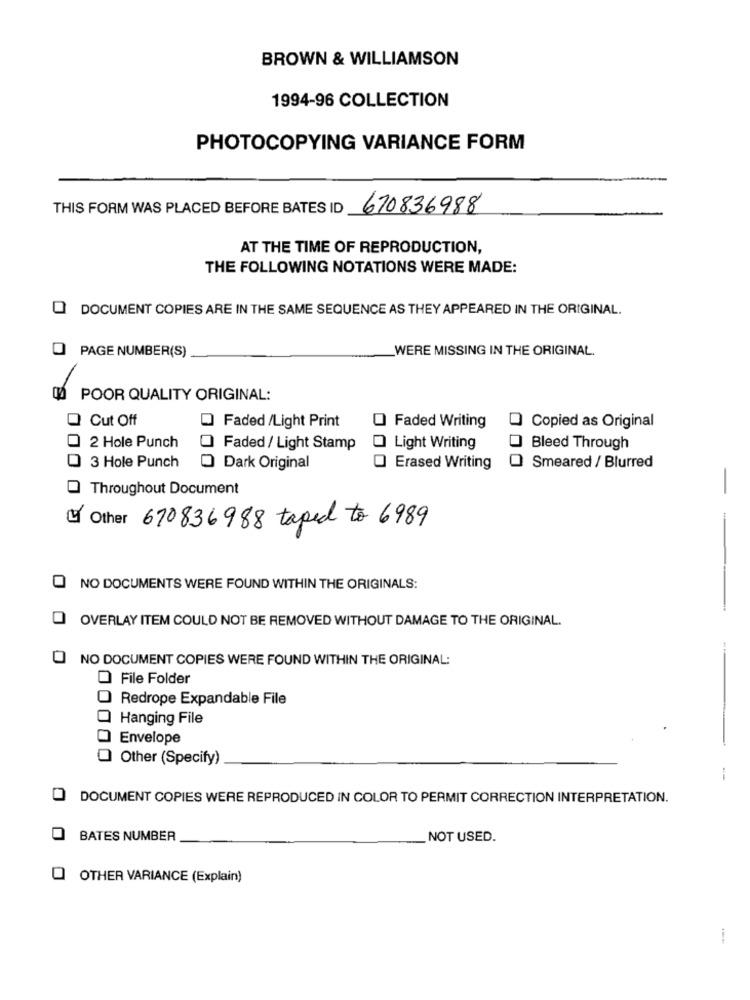
BROWN & WILLIAMSON
1994-96 COLLECTION
PHOTOCOPYING VARIANCE FORM
THIS FORM WAS PLACED BEFORE BATES ID
670836988
AT THE TIME OF REPRODUCTION,
THE FOLLOWING NOTATIONS WERE MADE:
DOCUMENT COPIES ARE IN THE SAME SEQUENCE AS THEY APPEARED IN THE ORIGINAL.
WERE MISSING IN THE ORIGINAL.
O PAGE NUMBER(S)
POOR QUALITY ORIGINAL:
O Cut Off
Faded /Light Print
O Faded Writing
Copied as Original
2 Hole Punch
Faded / Light Stamp
Light Writing
Bleed Through
3 Hole Punch
Dark Original
Erased Writing
Smeared / Blurred
Throughout Document
-
Other 670836988 taped to 6989
NO DOCUMENTS WERE FOUND WITHIN THE ORIGINALS:
OVERLAY ITEM COULD NOT BE REMOVED WITHOUT DAMAGE TO THE ORIGINAL.
NO DOCUMENT COPIES WERE FOUND WITHIN THE ORIGINAL:
O File Folder
Redrope Expandable File
Q Hanging File
Envelope
Other (Specify)
-
O DOCUMENT COPIES WERE REPRODUCED IN COLOR TO PERMIT CORRECTION INTERPRETATION.
BATES NUMBER
NOT USED.
OTHER VARIANCE (Explain)